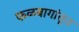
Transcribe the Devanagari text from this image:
फळबागांतून